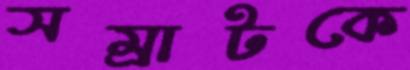
সম্রাটকে